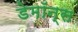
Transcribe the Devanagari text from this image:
डेमॉन्स